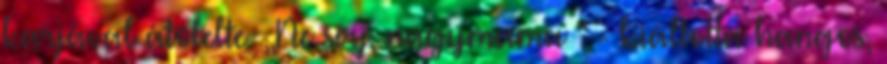
karjával átölelte. ,,Ne sírj, nagymama " - kiáltotta hangos,